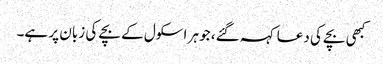
کبھی بچے کی دعا کہہ گئے، جو ہر اسکول کے بچے کی زبان پر ہے۔